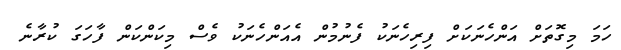
ހަމަ މިގޮތަށް އަންހެނަކަށް ފިރިހެނަކު ފެނުމުން އެއަންހެނަކު ވެސް މިކަންކަން ފާހަގަ ކުރާނެ